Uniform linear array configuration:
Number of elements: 48
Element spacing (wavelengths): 0.75
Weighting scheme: binomial
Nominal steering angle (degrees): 0
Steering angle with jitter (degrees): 0.1962
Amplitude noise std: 0.05
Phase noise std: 0.05

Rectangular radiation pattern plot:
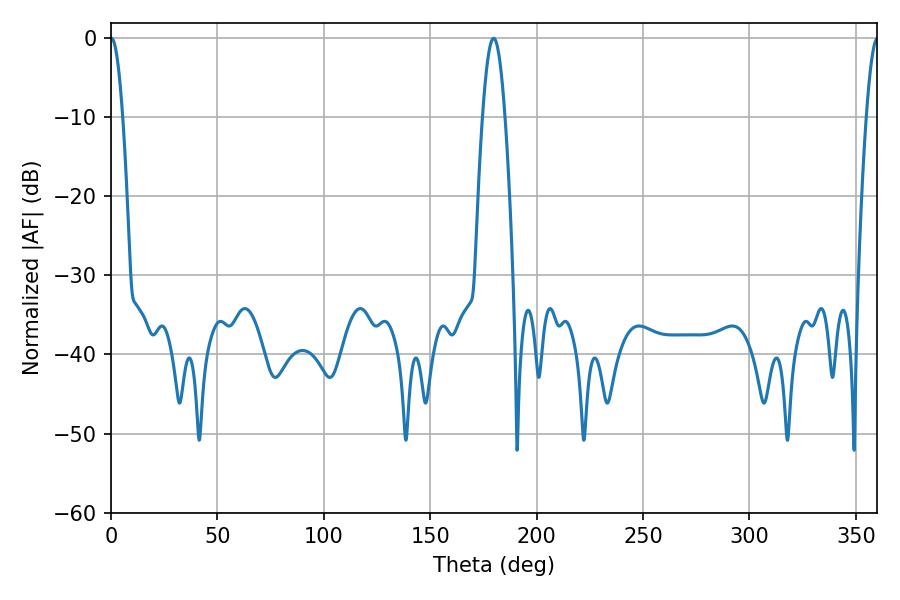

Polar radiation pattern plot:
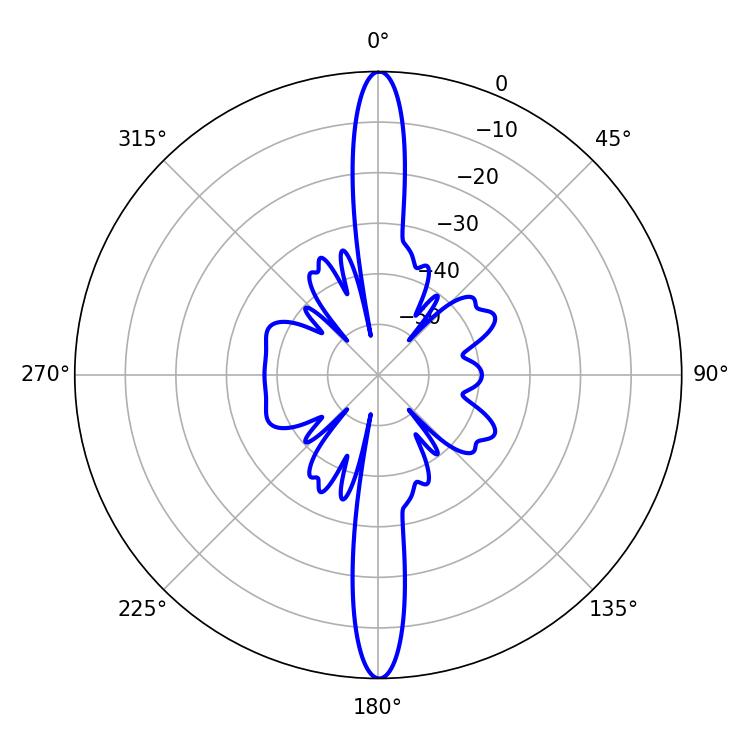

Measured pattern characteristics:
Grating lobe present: TRUE
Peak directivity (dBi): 34.421
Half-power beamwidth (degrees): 3.06
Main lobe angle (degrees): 0.18